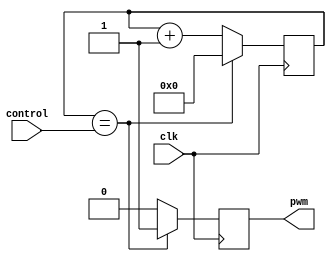
module PWM_Pulse_Generator(
    input clk,
    input control,
    output pwm
);

reg [15:0] counter;
reg pwm_out;

always @(posedge clk) begin
    if (counter == control) begin
        pwm_out <= 1;
        counter <= 0;
    end else begin
        counter <= counter + 1;
        pwm_out <= 0;
    end
end

assign pwm = pwm_out;

endmodule